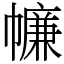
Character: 𢅏